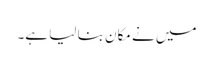
میں نے مکان بنا لیا ہے۔